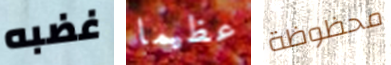
غضبه عظيما محظوظة